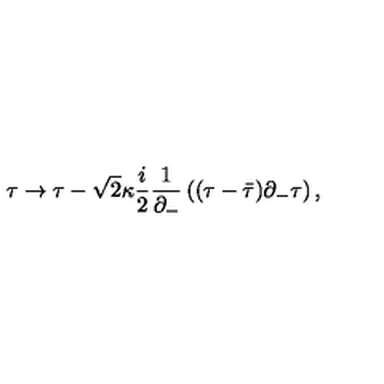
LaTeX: \tau \rightarrow \tau - \sqrt { 2 } \kappa \frac { i } { 2 } \frac { 1 } { \partial _ { - } } \left( ( \tau - \bar { \tau } ) \partial _ { - } \tau \right) ,